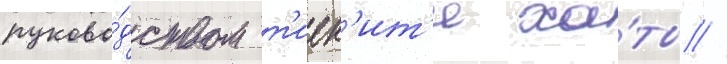
руково́дством т'иек'ит'и ха́ты //